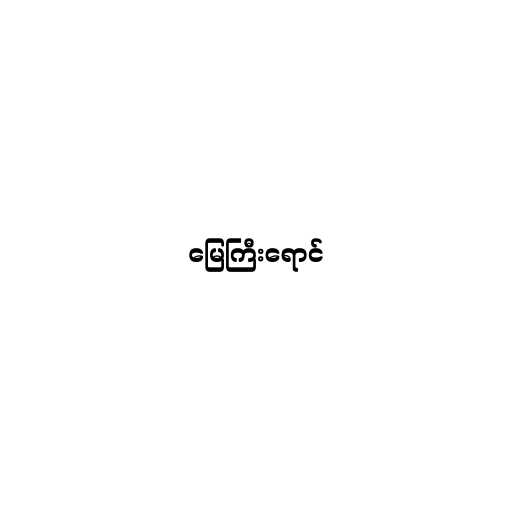
မြေကြီးရောင်